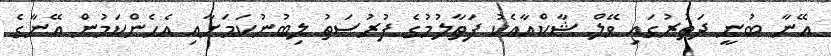
އޭނާ ބުނީ ދަތުރުގައި ވޭލް ޝާކްއާއެކު ފަތާލުމުގެ ފުރުސަތު ލިބުނުކަމަށާއި އެހެންކަމުން އޭނާގެ